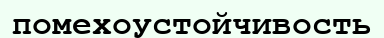
помехоустойчивость